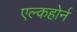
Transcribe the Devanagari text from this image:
एल्कहोर्न